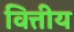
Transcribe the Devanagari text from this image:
वित्तीय